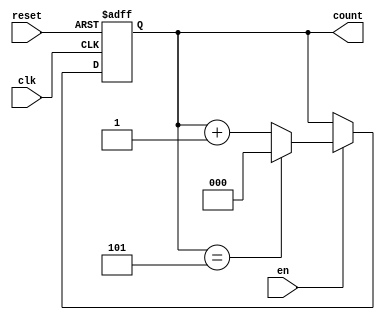
module Counter #(
    parameter width = 3,
    max_number = 6
) (
    input clk,
    reset,
    en,
    output [width-1:0] count
);
  reg [width-1:0] count_reg = 0;
  assign count = count_reg;
  always @(posedge clk, posedge reset) begin
    if (reset == 1) count_reg <= 0;
    else if (en == 1) begin
      if (count_reg == max_number - 1) count_reg <= 0;
      else count_reg <= count_reg + 1;
    end
  end
endmodule  // end Counter